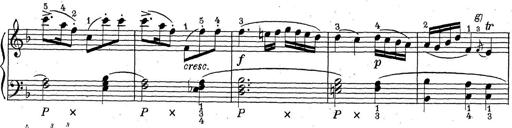
Title: ÄŒeskÃ© Sonatiny
Composer: Various